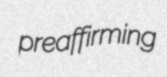
preaffirming